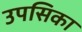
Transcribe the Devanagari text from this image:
उपसिका